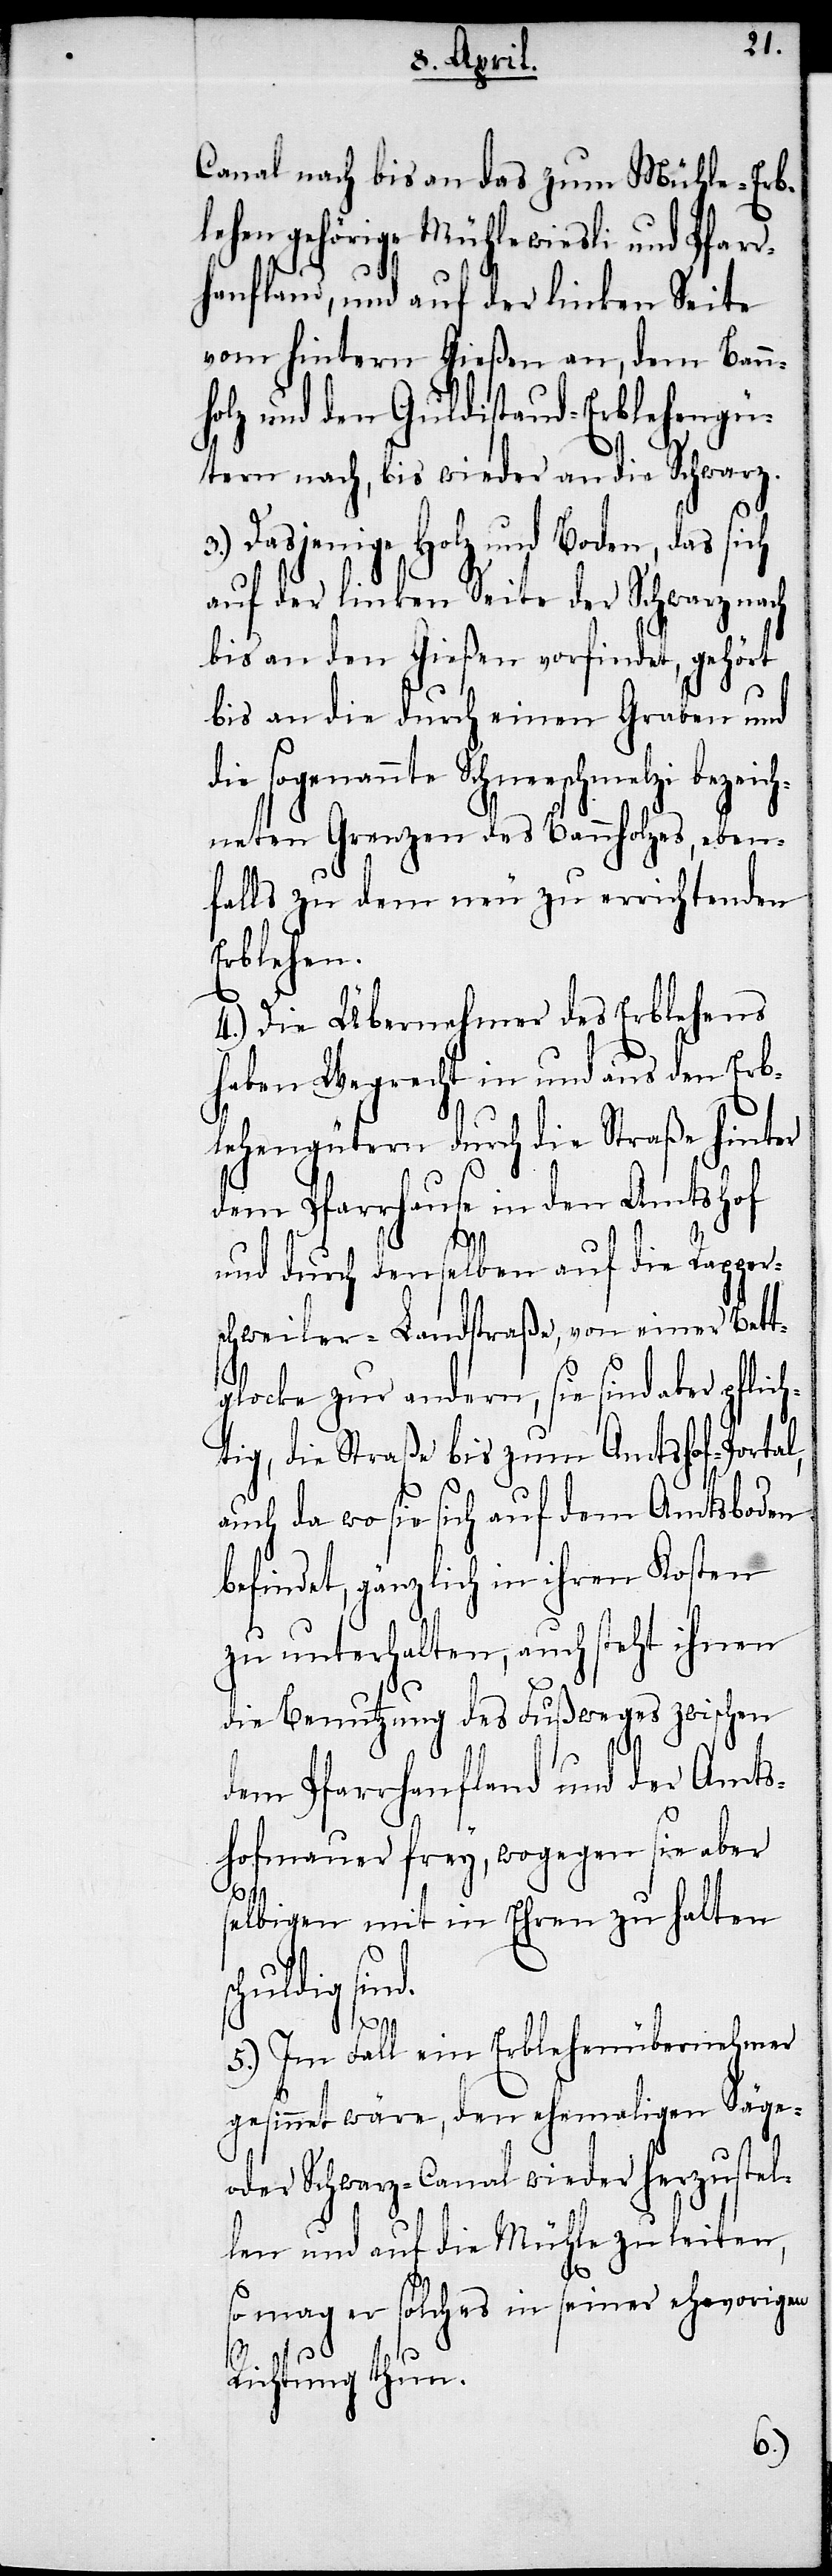
Canal nach bis an das zum Mühle-Erb¬
lehen gehörige Mühlewiesli und Pfarr¬
hanfland, und auf der linken Seite
vom hintern Gießen an, dem Bann¬
lz und den Guldistand-Erblehengü¬
tern nach, bis wieder an die Schwar¬
z.
3.) Dasjenige Holz- und Boden, das sich
auf der linken Seite der Schwarz nach
bis an den Gießen vorfindet, gehört
bis an die durch einen Graben und
nte Schneeschmelzi bezeich¬
neten Grenzen des Bannholzes, eben¬
falls zu dem neu zu errichtenden
Erblehen.
4.) Die Übernehmer des Erblehens
haben Wegrecht in und aus den Erb¬
lehengütern durch die Straße hinter
dem Pfarrhause in den Amtshof
und durch denselben auf die Rapper¬
schweiler-Landstraße, von einer Bett¬
glocke zur andern, sie sind aber pflic¬
htig, die Straße bis zum Amtshof-Portal,
auch da wo sie sich auf dem Amtsboden
befindet, gänzlich in ihren Kosten
zu unterhalten, auch steht ihnen
die Benutzung des Fußweges zwischen
dem Pfarrhanfland und der Amts¬
hofmauer frey, wogegen sie aber
sc¬
elbigen mit in Ehren zu halten
huldig sin¬
d.
5.) Im Fall ein Erblehenübernehmer
gesinnet wäre, den ehemaligen Säge-
oder Schwarz-Canal wieder herzustel¬
len und auf die Mühle zu leiten,
so mag er solches in seiner ehevorigen
Richtung thun.